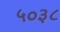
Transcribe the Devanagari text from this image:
५०३८